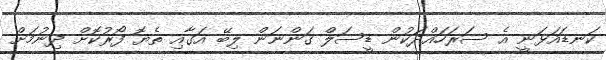
ކަނޑައަޅަނީ އެ ސަރަހައްދަކުން ޑީސަލް ގަންނަން ލިބޭ އަގާއި ތެޔޮ ފޯރުކޮށް ދިނުމަށް